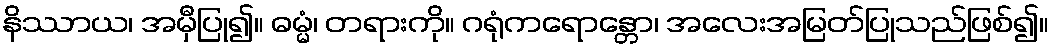
နိဿာယ၊ အမှီပြု၍။ ဓမ္မံ၊ တရားကို။ ဂရုံကရောန္တော၊ အလေးအမြတ်ပြုသည်ဖြစ်၍။